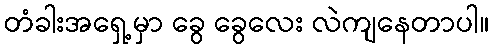
တံခါးအရှေ့မှာ ခွေ ခွေလေး လဲကျနေတာပါ။